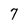
Character: 7